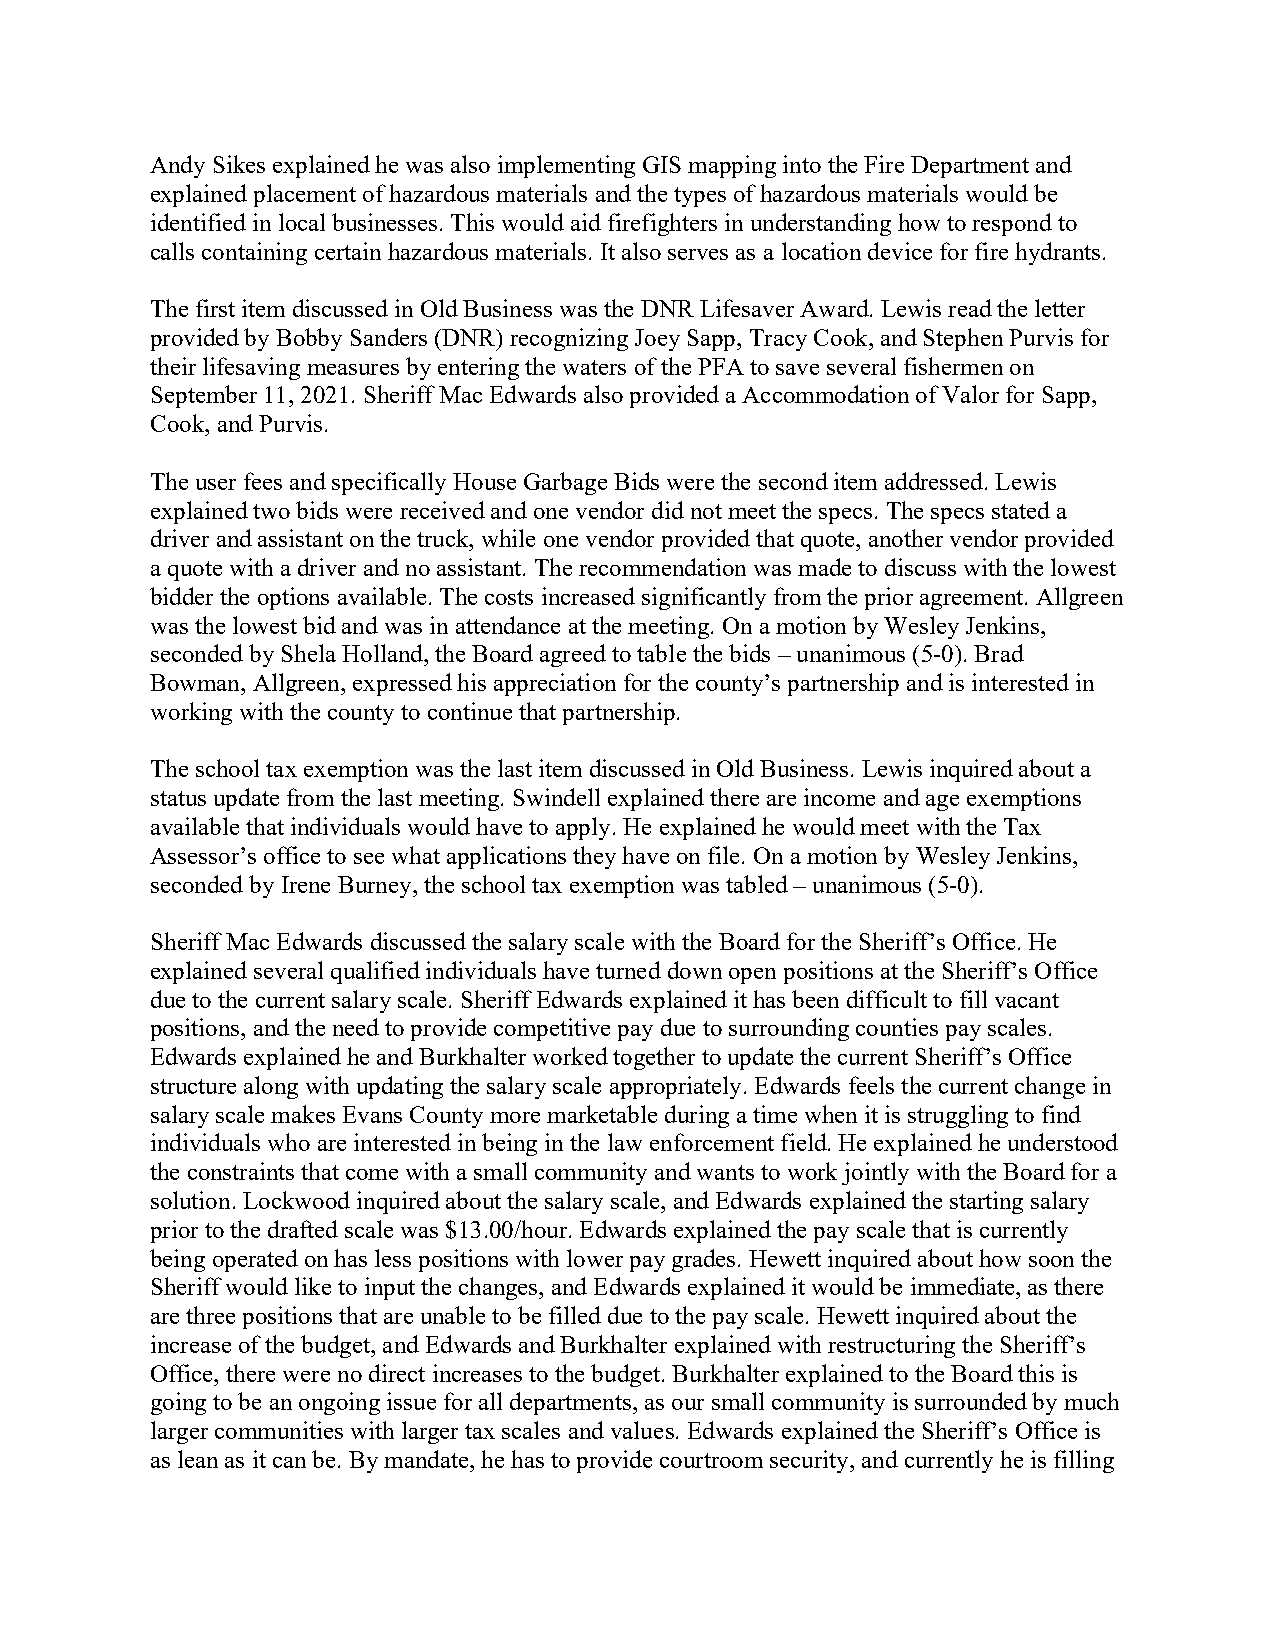
Andy Sikes explained he was also implementing GIS mapping into the Fire Department and
 explained placement of hazardous materials and the types of hazardous materials would be
 identified in local businesses. This would aid firefighters in understanding how to respond to
 calls containing certain hazardous materials. It also serves as a location device for fire hydrants.
 The first item discussed in Old Business was the DNR Lifesaver Award. Lewis read the letter
 provided by Bobby Sanders (DNR) recognizing Joey Sapp, Tracy Cook, and Stephen Purvis for
 their lifesaving measures by entering the waters of the PFA to save several fishermen on
 September 11, 2021. Sheriff Mac Edwards also provided a Accommodation of Valor for Sapp,
 Cook, and Purvis.
 The user fees and specifically House Garbage Bids were the second item addressed. Lewis
 explained two bids were received and one vendor did not meet the specs. The specs stated a
 driver and assistant on the truck, while one vendor provided that quote, another vendor provided
 a quote with a driver and no assistant. The recommendation was made to discuss with the lowest
 bidder the options available. The costs increased significantly from the prior agreement. Allgreen
 was the lowest bid and was in attendance at the meeting. On a motion by Wesley Jenkins,
 seconded by Shela Holland, the Board agreed to table the bids – unanimous (5-0). Brad
 Bowman, Allgreen, expressed his appreciation for the county’s partnership and is interested in
 working with the county to continue that partnership.
 The school tax exemption was the last item discussed in Old Business. Lewis inquired about a
 status update from the last meeting. Swindell explained there are income and age exemptions
 available that individuals would have to apply. He explained he would meet with the Tax
 Assessor’s office to see what applications they have on file. On a motion by Wesley Jenkins,
 seconded by Irene Burney, the school tax exemption was tabled – unanimous (5-0).
 Sheriff Mac Edwards discussed the salary scale with the Board for the Sheriff’s Office. He
 explained several qualified individuals have turned down open positions at the Sheriff’s Office
 due to the current salary scale. Sheriff Edwards explained it has been difficult to fill vacant
 positions, and the need to provide competitive pay due to surrounding counties pay scales.
 Edwards explained he and Burkhalter worked together to update the current Sheriff’s Office
 structure along with updating the salary scale appropriately. Edwards feels the current change in
 salary scale makes Evans County more marketable during a time when it is struggling to find
 individuals who are interested in being in the law enforcement field. He explained he understood
 the constraints that come with a small community and wants to work jointly with the Board for a
 solution. Lockwood inquired about the salary scale, and Edwards explained the starting salary
 prior to the drafted scale was $13.00/hour. Edwards explained the pay scale that is currently
 being operated on has less positions with lower pay grades. Hewett inquired about how soon the
 Sheriff would like to input the changes, and Edwards explained it would be immediate, as there
 are three positions that are unable to be filled due to the pay scale. Hewett inquired about the
 increase of the budget, and Edwards and Burkhalter explained with restructuring the Sheriff’s
 Office, there were no direct increases to the budget. Burkhalter explained to the Board this is
 going to be an ongoing issue for all departments, as our small community is surrounded by much
 larger communities with larger tax scales and values. Edwards explained the Sheriff’s Office is
 as lean as it can be. By mandate, he has to provide courtroom security, and currently he is filling